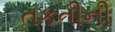
તકતીની